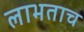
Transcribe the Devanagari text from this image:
लाभताच